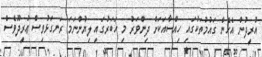
އުރީދުން އެހެން ގައުމުތަކުގައި ހިއްސާއަކަށް ދިންވަރު މި ހަބަރުގައި ލިޔުންނަމަ ރަނގަޅުވިސް ޢުރީދޫވެސް